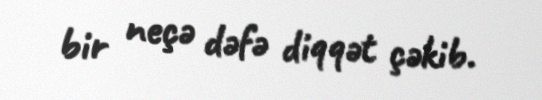
bir neçə dəfə diqqət çəkib.